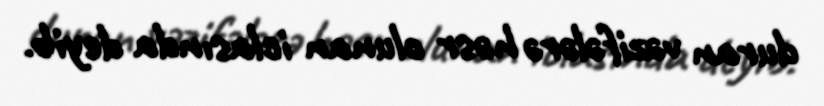
duran vəzifələrə həsr olunan iclasında deyib.